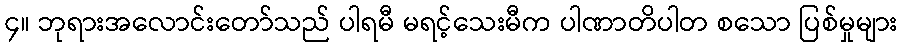
၄။ ဘုရားအလောင်းတော်သည် ပါရမီ မရင့်သေးမီက ပါဏာတိပါတ စသော ပြစ်မှုများ